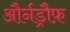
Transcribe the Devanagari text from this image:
और्नड्रौफ़